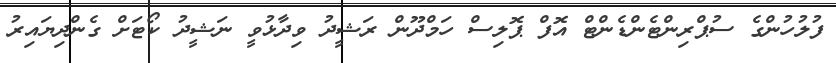
ފުލުހުންގެ ސުޕްރިންޓެންޑެންޓް އޮފް ޕޮލިސް ހަމްދޫން ރަޝީދު ވިދާޅުވީ ނަޝީދު ކޯޓަށް ގެންދިޔައިރު